Lunatic asylums Bombay report 1891-1903 - 1891-1903
Year: 1891
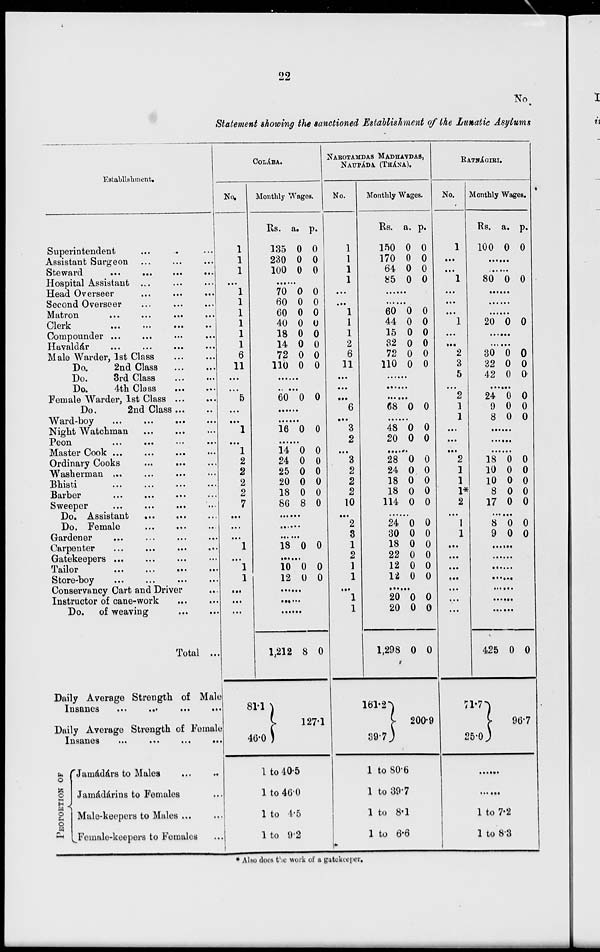
22
No.
Statement showing the sanctioned Establishment of the Lunatic Asylums
Establishment.
Superintendent ... ... ...
Assistant Surgeon ... ... ...
Steward
...
...
...
...
Hospital Assistant ... ... ...
Head Overseer
...
...
...
Second Overseer ... ... ...
Matron ... ... ... ...
Clerk
...
...
...
...
Compounder ... ... ... ...
Havaldár ... ... ... ...
Male Warder, 1st Class ... ...
Do.
2nd Class ... ...
Do.
3rd Class ... ...
Do.
4th Class ... ...
Female Warder, 1st Class ... ...
Do.
2nd Class ... ...
Ward-boy ... ... ... ...
Night Watchman ... ... ...
Peon ... ... ... ...
Master Cook ... ... ... ...
Ordinary Cooks ... ... ...
Washerman ... ... ... ...
Bhisti ... ... ... ...
Barber ... ... ... ...
Sweeper ... ... ... ...
Do. Assistant ... ... ...
Do. Female ... ... ...
Gardener ... ... ... ...
Carpenter ... ... ... ...
Gatekeepers ... ... ... ...
Tailor ... ... ... ...
Store-boy ... ... ... ...
Conservancy Cart and Driver ...
Instructor of cane-work ... ...
Do. of weaving ... ...
Total ...
Daily Average Strength of Male
Insanes ... ... ... ...
Daily Average Strength of Female
Insanes ... ... ... ...
PROPORTION OF
Jamádárs to Males
...
...
Jamádárins to Females ...
Male-keepers to Males ...
Female-keepers to Females ...
COLÁBA.
No.
1
1
1
...
1
1
1
1
1
1
6
11
...
...
5
...
...
1
...
1
2
2
2
2
7
...
...
...
1
...
1
1
...
...
...
...
Monthly Wages.
Rs.
135
230
100
a.
0
0
0
p.
0
0
0
......
70
60
60
40
18
14
72
110
0
0
0
0
0
0
0
0
0
0
0
0
0
0
0
0
......
......
60 0 0
......
......
16 0 0
......
14
24
25
20
18
86
0
0
0
0
0
8
0
0
0
0
0
0
......
......
......
18 0 0
......
10
12
0
0
0
0
......
......
......
1,212
81.1
46.0
8 0
127.1
1 to 40.5
1 to 46.0
1 to 4.5
1 to 9.2
NAROTAMDAS MADHAVDAS,
NAUPÁDA (THÁNA).
No.
1
1
1
1
...
...
1
1
1
2
6
11
...
...
...
6
...
3
2
...
3
2
2
2
10
...
2
3
1
2
1
1
...
1
1
Monthly Wages.
Rs.
150
170
64
85
a.
0
0
0
0
p.
0
0
0
0
......
......
60
44
15
32
72
110
0
0
0
0
0
0
0
0
0
0
0
0
......
......
......
68 0 0
......
48
20
0
0
0
0
......
28
24
18
18
114
0
0
0
0
0
0
0
0
0
0
......
24
30
18
22
12
12
0
0
0
0
0
0
0
0
0
0
0
0
......
20
20
1,298
161.2
39.7
0
0
0
0
0
0
200.9
1 to 80.6
1 to 39.7
1 to 8.1
1 to 6.6
RATNÁGIRI.
No.
1
...
...
1
...
...
...
1
...
...
2
3
5
...
2
1
1
...
...
...
2
1
1
1*
2
...
1
1
...
...
...
...
...
...
...
Monthly Wages.
Rs.
100
a.
0
p.
0
......
......
80 0 0
......
......
......
20 0 0
......
......
30
32
42
0
0
0
0
0
0
......
24
9
8
0
0
0
0
0
0
......
......
......
18
10
10
8
17
0
0
0
0
0
0
0
0
0
0
......
8
9
0
0
0
0
......
......
......
......
......
......
......
425
71.7
25.0
0 0
96.7
......
......
1 to 7.2
1 to 8.3
* Also does the work of a gatekeeper.